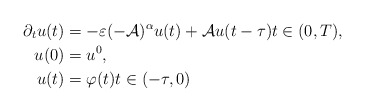
\begin{align*} \partial_{t} u(t) &= -\varepsilon (-\mathcal{A})^{\alpha} u(t) + \mathcal{A} u(t - \tau) t \in (0, T), \\ u(0) &= u^{0}, \\ u(t) &= \varphi(t) t \in (-\tau, 0) \end{align*}